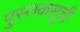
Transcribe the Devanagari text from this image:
पुस्तकसूची